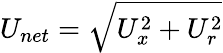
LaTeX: U_{net}=\sqrt{U_{x}^{2}+U_{r}^{2}}